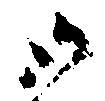
御